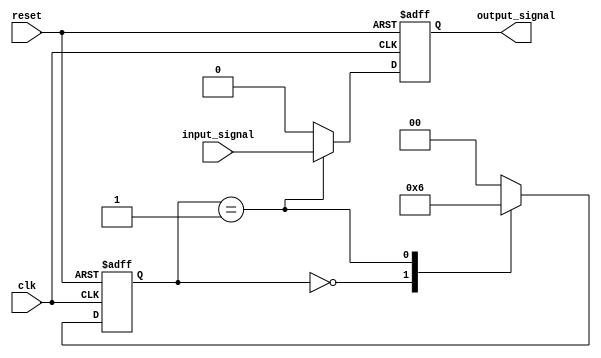
module Mealy_State_Machine(
    input wire clk,
    input wire reset,
    input wire input_signal,
    output reg output_signal
);

// State definitions
parameter WAIT_STATE1 = 2'b00;
parameter STATE_A = 2'b01;
parameter STATE_B = 2'b10;

// State register
reg [1:0] current_state;
reg [1:0] next_state;

// Output register
reg next_output_signal;

always @ (posedge clk or posedge reset) begin
    if (reset) begin
        current_state <= WAIT_STATE1;
        output_signal <= 1'b0;
    end else begin
        current_state <= next_state;
        output_signal <= next_output_signal;
    end
end

always @* begin
    next_output_signal = (current_state == STATE_A) ? input_signal : 1'b0; // Output logic based on current state and input signal
    case (current_state)
        WAIT_STATE1: begin
            next_state = STATE_A;
        end
        STATE_A: begin
            next_state = STATE_B;
        end
        STATE_B: begin
            next_state = WAIT_STATE1;
        end
        default: begin
            next_state = WAIT_STATE1;
        end
    endcase
end

endmodule